system: You are a helpful assistant.
user:
Analyze the provided spectrum to determine if it is a **"Cataclysmic Variables (CV)"**.

- **Key Indicators for CV (Check for either state):**
    - **State 1: Quiescent / Low-State (Emission-Dominated)**
        - **(Primary):** Strong and *very broad* Hydrogen Balmer emission lines (e.g., $H\alpha$ at 6563 Å, $H\beta$ at 4861 Å). The 'broadness' (high velocity dispersion, often FWHM > 1000 km/s) is the key diagnostic, indicating a high-velocity accretion disk.
        - **(Secondary):** Broad neutral Helium (He I) emission lines (e.g., 5876 Å, 6678 Å).
        - **(Key Confirmation):** Presence of high-excitation *ionized* Helium (He II) emission at 4686 Å. This is a strong indicator of accretion onto a white dwarf.
        - **(Line Profile):** Emission lines may exhibit a 'double-peaked' profile, which is a classic signature of a rotating accretion disk viewed at high inclination.

    - **State 2: Outburst / High-State (Absorption-Dominated)**
        - **(Primary):** Spectrum is dominated by a bright, blue continuum (looks like a hot star).
        - **(Secondary):** The emission lines from State 1 are weak, absent, or 'filled in', and are replaced by broad, shallow *absorption* lines (primarily Balmer and He I).
        - **(Morphology):** The overall spectrum mimics a hot B/A-type star. The crucial difference is that the absorption lines are significantly broader, shallower, and more 'washed-out' (or 'smeared') than the sharp lines of a normal stellar photosphere, due to high rotational speeds and pressure broadening in the disk.

Think first, call **spectral_visualization_tool** if needed to examine features in detail, then provide your final answer. Your response must adhere to the following strict rules:
1.  **Overall Structure:** Your response must follow the format `<think>...</think> <tool_call>...</tool_call> (if a tool is used) <answer>...</answer>`.
2.  **Tool Usage Constraint:** You may only make **one** tool call per turn.
3.  **Final Answer Format:** In the `<answer>` tag, your conclusion must be inside a `\boxed{}` command (e.g., `\boxed{YES}`), followed by your justification.

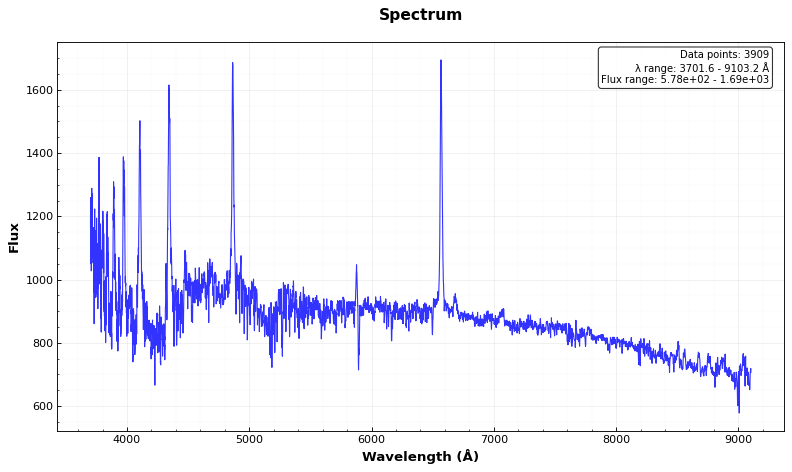
Answer: YES